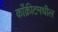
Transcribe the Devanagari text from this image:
काँक्रीटमधील